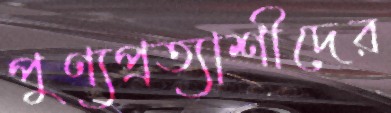
পুণ্যপ্রত্যাশীদের